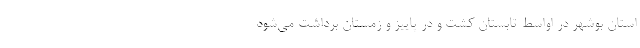
استان بوشهر در اواسط تابستان کشت و در پاییز و زمستان برداشت می‌شود